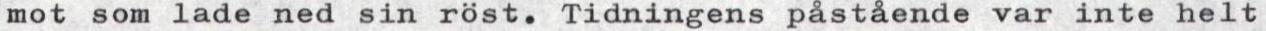
mot som lade ned sin röst. Tidningens påstående var inte helt